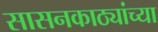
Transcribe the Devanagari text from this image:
सासनकाठ्यांच्या